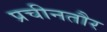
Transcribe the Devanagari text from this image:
प्रचीनतौर